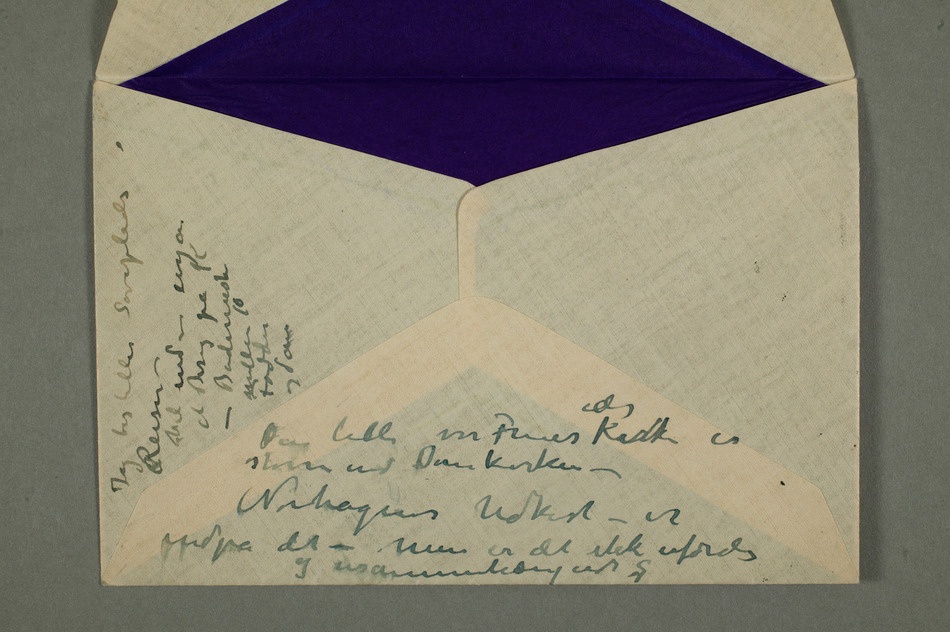
Den lille
Frues
Kirke er
større end Domkirken
– Norhagens Udkast – er
indpå det – men er det ikke ufærdig
og usammenhængende?